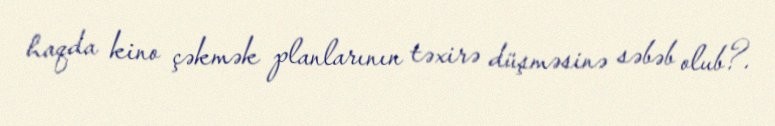
haqda kino çəkmək planlarının təxirə düşməsinə səbəb olub?.